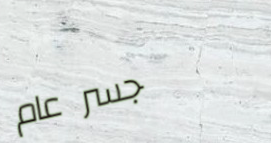
جسر عام